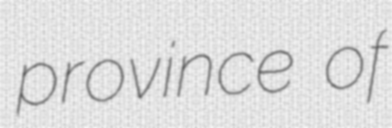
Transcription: province of